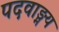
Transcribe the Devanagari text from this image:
पदवाङ्मय